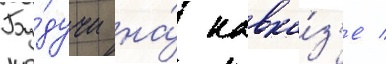
Бу́дучи на́ кавка́з'е /